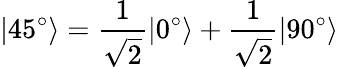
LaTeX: |45^{\circ}\rangle=\frac{1}{\sqrt{2}}|0^{\circ}\rangle+\frac{1}{\sqrt{2}}|90^{\circ}\rangle